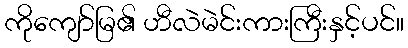
ကိုကျော်မြ၏ ဟီလဲမဲင်းကားကြီးနှင့်ပင်။